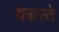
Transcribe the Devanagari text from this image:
यत्रास्ते